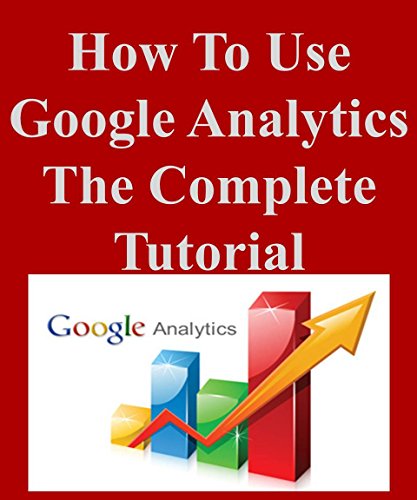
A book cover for How To Use Google Analytics The Complete Tutorial; SSRG; Computers & Technology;